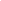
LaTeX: \begin{array}{rlrl}\end{array}